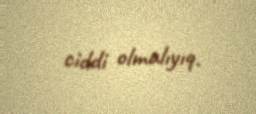
ciddi olmalıyıq.